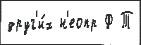
друг'и́х н'еопр Ф Т